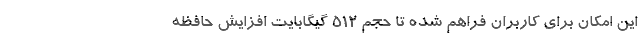
این امکان برای کاربران فراهم شده تا حجم 512 گیگابایت افزایش حافظه